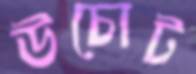
উচোট